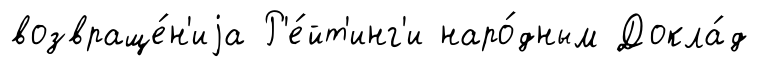
возвраще́н'иjа Р'е́йт'инг'и наро́дным Докла́д